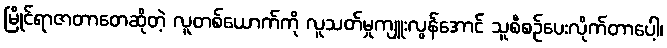
မြိုင်ရာဇာတာတေဆိုတဲ့ လူတစ်ယောက်ကို လူသတ်မှုကျူးလွန်အောင် သူစီစဉ်ပေးလိုက်တာပေါ့၊